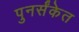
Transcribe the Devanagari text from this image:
पुनर्संकेत